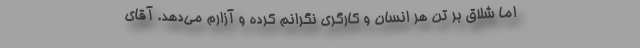
اما شلاق بر تن هر انسان و کارگری نگرانم کرده و آزارم می‌دهد. آقای